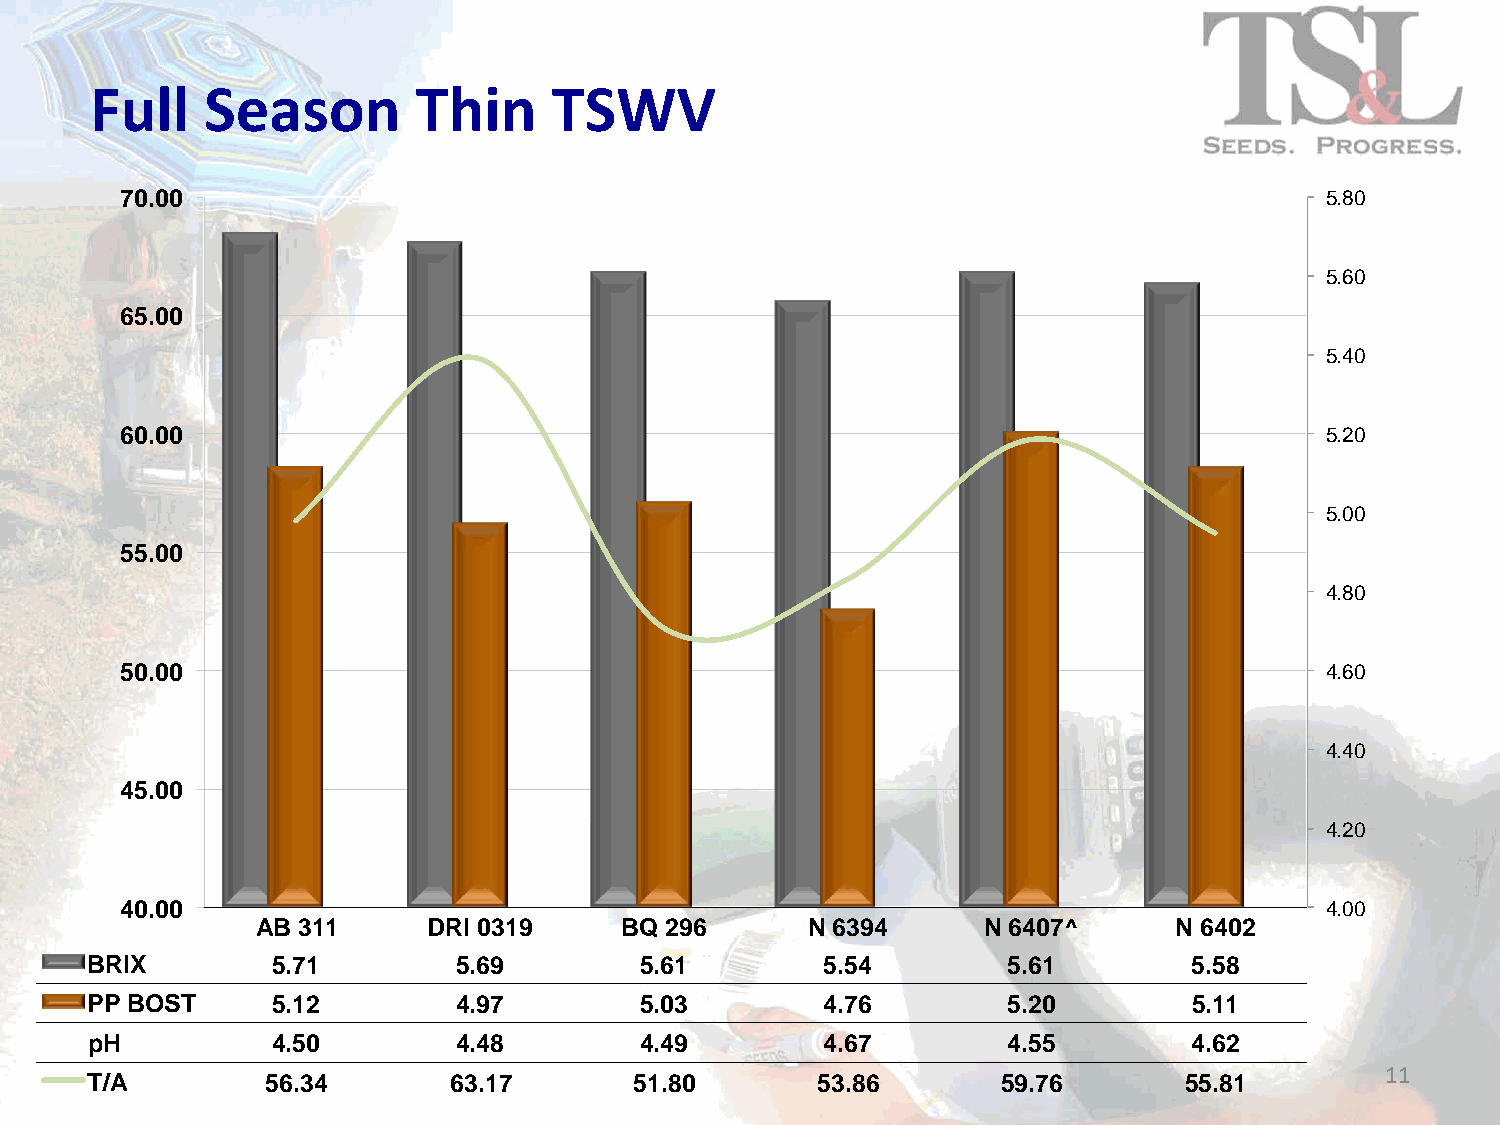
Full    Season        Thin     TSWV
 70.00                                                                           5.80
 5.60
 65.00
 5.40
 60.00                                                                           5.20
 5.00
 55.00
 4.80
 50.00                                                                           4.60
 4.40
 45.00
 4.20
 40.00                                                                           4.00
 AB 311     DRI 0319     BQ 296      N 6394      N 6407^      N 6402
 BRIX        5.71        5.69        5.61         5.54        5.61        5.58
 PP BOST     5.12        4.97        5.03         4.76        5.20        5.11
 pH          4.50        4.48        4.49         4.67        4.55        4.62
 11
 T/A         56.34       63.17       51.80       53.86       59.76       55.81